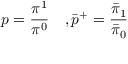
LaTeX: p = \frac { \pi ^ { 1 } } { \pi ^ { 0 } } \quad , { \bar { p } } ^ { + } = \frac { \bar { \pi } _ { 1 } } { { \bar { \pi } } _ { 0 } }